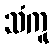
သံကူ